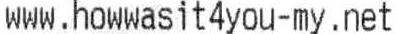
WWW.HOWWASIT4YOU-MY.NET